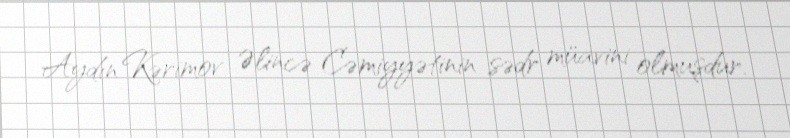
Aydın Kərimov Əlincə Cəmiyyətinin sədr müavini olmuşdur.